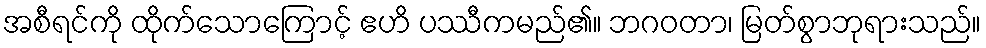
အစီရင်ကို ထိုက်သောကြောင့် ဧဟိ ပဿီကမည်၏။ ဘဂဝတာ၊ မြတ်စွာဘုရားသည်။